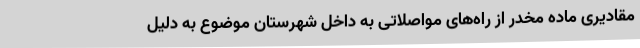
مقادیری ماده مخدر از راه‌های مواصلاتی به داخل شهرستان موضوع به دلیل